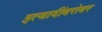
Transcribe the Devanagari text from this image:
इत्यादींबरोबर